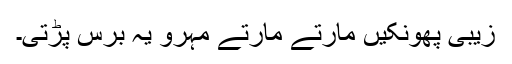
زیبی پھونکیں مارتے مارتے مہرو یہ برس پڑتی۔